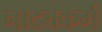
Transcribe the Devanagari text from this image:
नाट्यकर्म